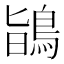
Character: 鴲